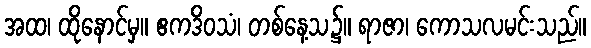
အထ၊ ထိုနောင်မှ။ ဧကဒိဝသံ၊ တစ်နေ့သ၌။ ရာဇာ၊ ကောသလမင်းသည်။